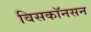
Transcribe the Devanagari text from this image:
विसकॉनसन